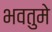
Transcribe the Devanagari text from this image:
भवतुमे